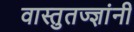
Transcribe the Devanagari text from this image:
वास्तुतज्ज्ञांनी